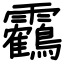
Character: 靏